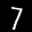
Label: 7